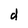
Character: d